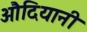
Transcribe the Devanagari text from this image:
औदियानी